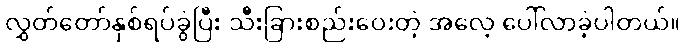
လွှတ်တော်နှစ်ရပ်ခွဲပြီး သီးခြားစည်းဝေးတဲ့ အလေ့ ပေါ်လာခဲ့ပါတယ်။